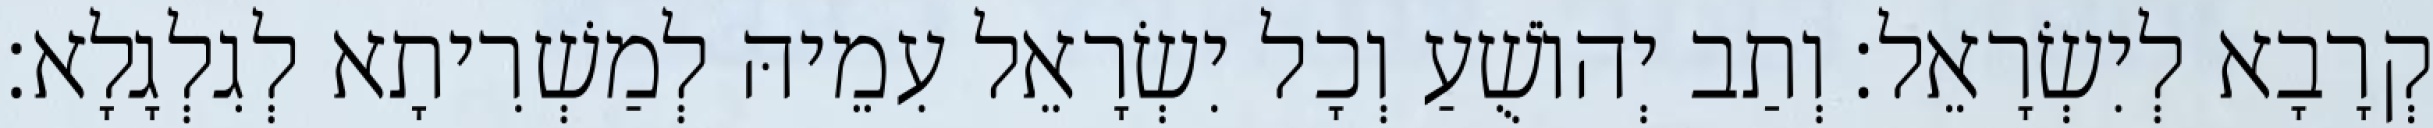
קְרָבָא לְיִשְׂרָאֵל׃ וְתַב יְהוֹשֻׁעַ וְכָל יִשְׂרָאֵל עִמֵיהּ לְמַשְׁרִיתָא לְגִלְגָלָא׃